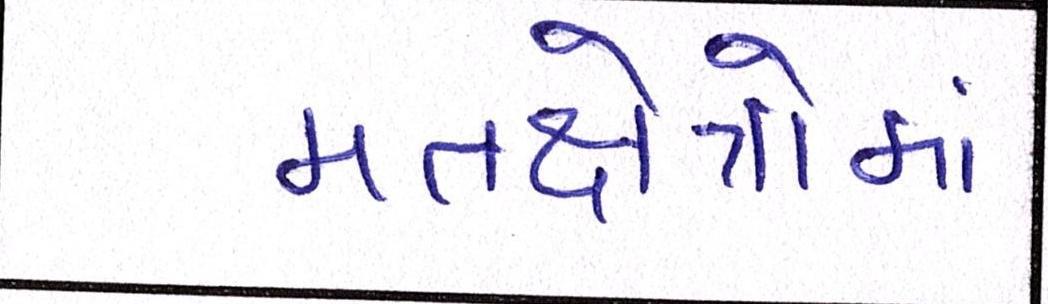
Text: મતક્ષેત્રોમાં